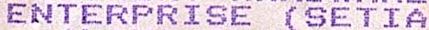
ENTERPRISE (SETIA